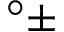
^ { \circ } \pm